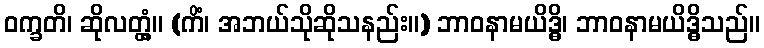
ဝက္ခတိ၊ ဆိုလတ္တံ့။ (ကိံ၊ အဘယ်သိုဆိုသနည်း။) ဘာဝနာမယိဒ္ဓိ၊ ဘာဝနာမယိဒ္ဓိသည်။